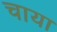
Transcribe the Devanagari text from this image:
चाया